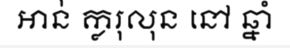
អាន់ ក្លរុលុន នៅ ឆ្នាំ